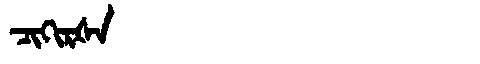
Manchu: ᠴᡳᡴᡳᡵᡧᠠ
Romanization: CIKIRŠA